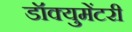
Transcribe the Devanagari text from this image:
डॉक्‍युमेंटरी